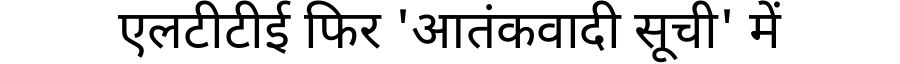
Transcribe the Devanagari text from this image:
एलटीटीई फिर 'आतंकवादी सूची' में